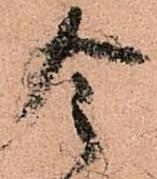
令